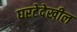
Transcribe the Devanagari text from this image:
घरटेदेखील